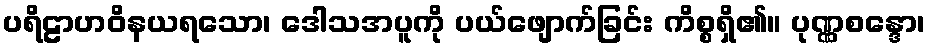
ပရိဠာဟဝိနယရသော၊ ဒေါသအပူကို ပယ်ဖျောက်ခြင်း ကိစ္စရှိ၏။ ပုဏ္ဏစန္ဒော၊